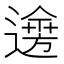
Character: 𨗌